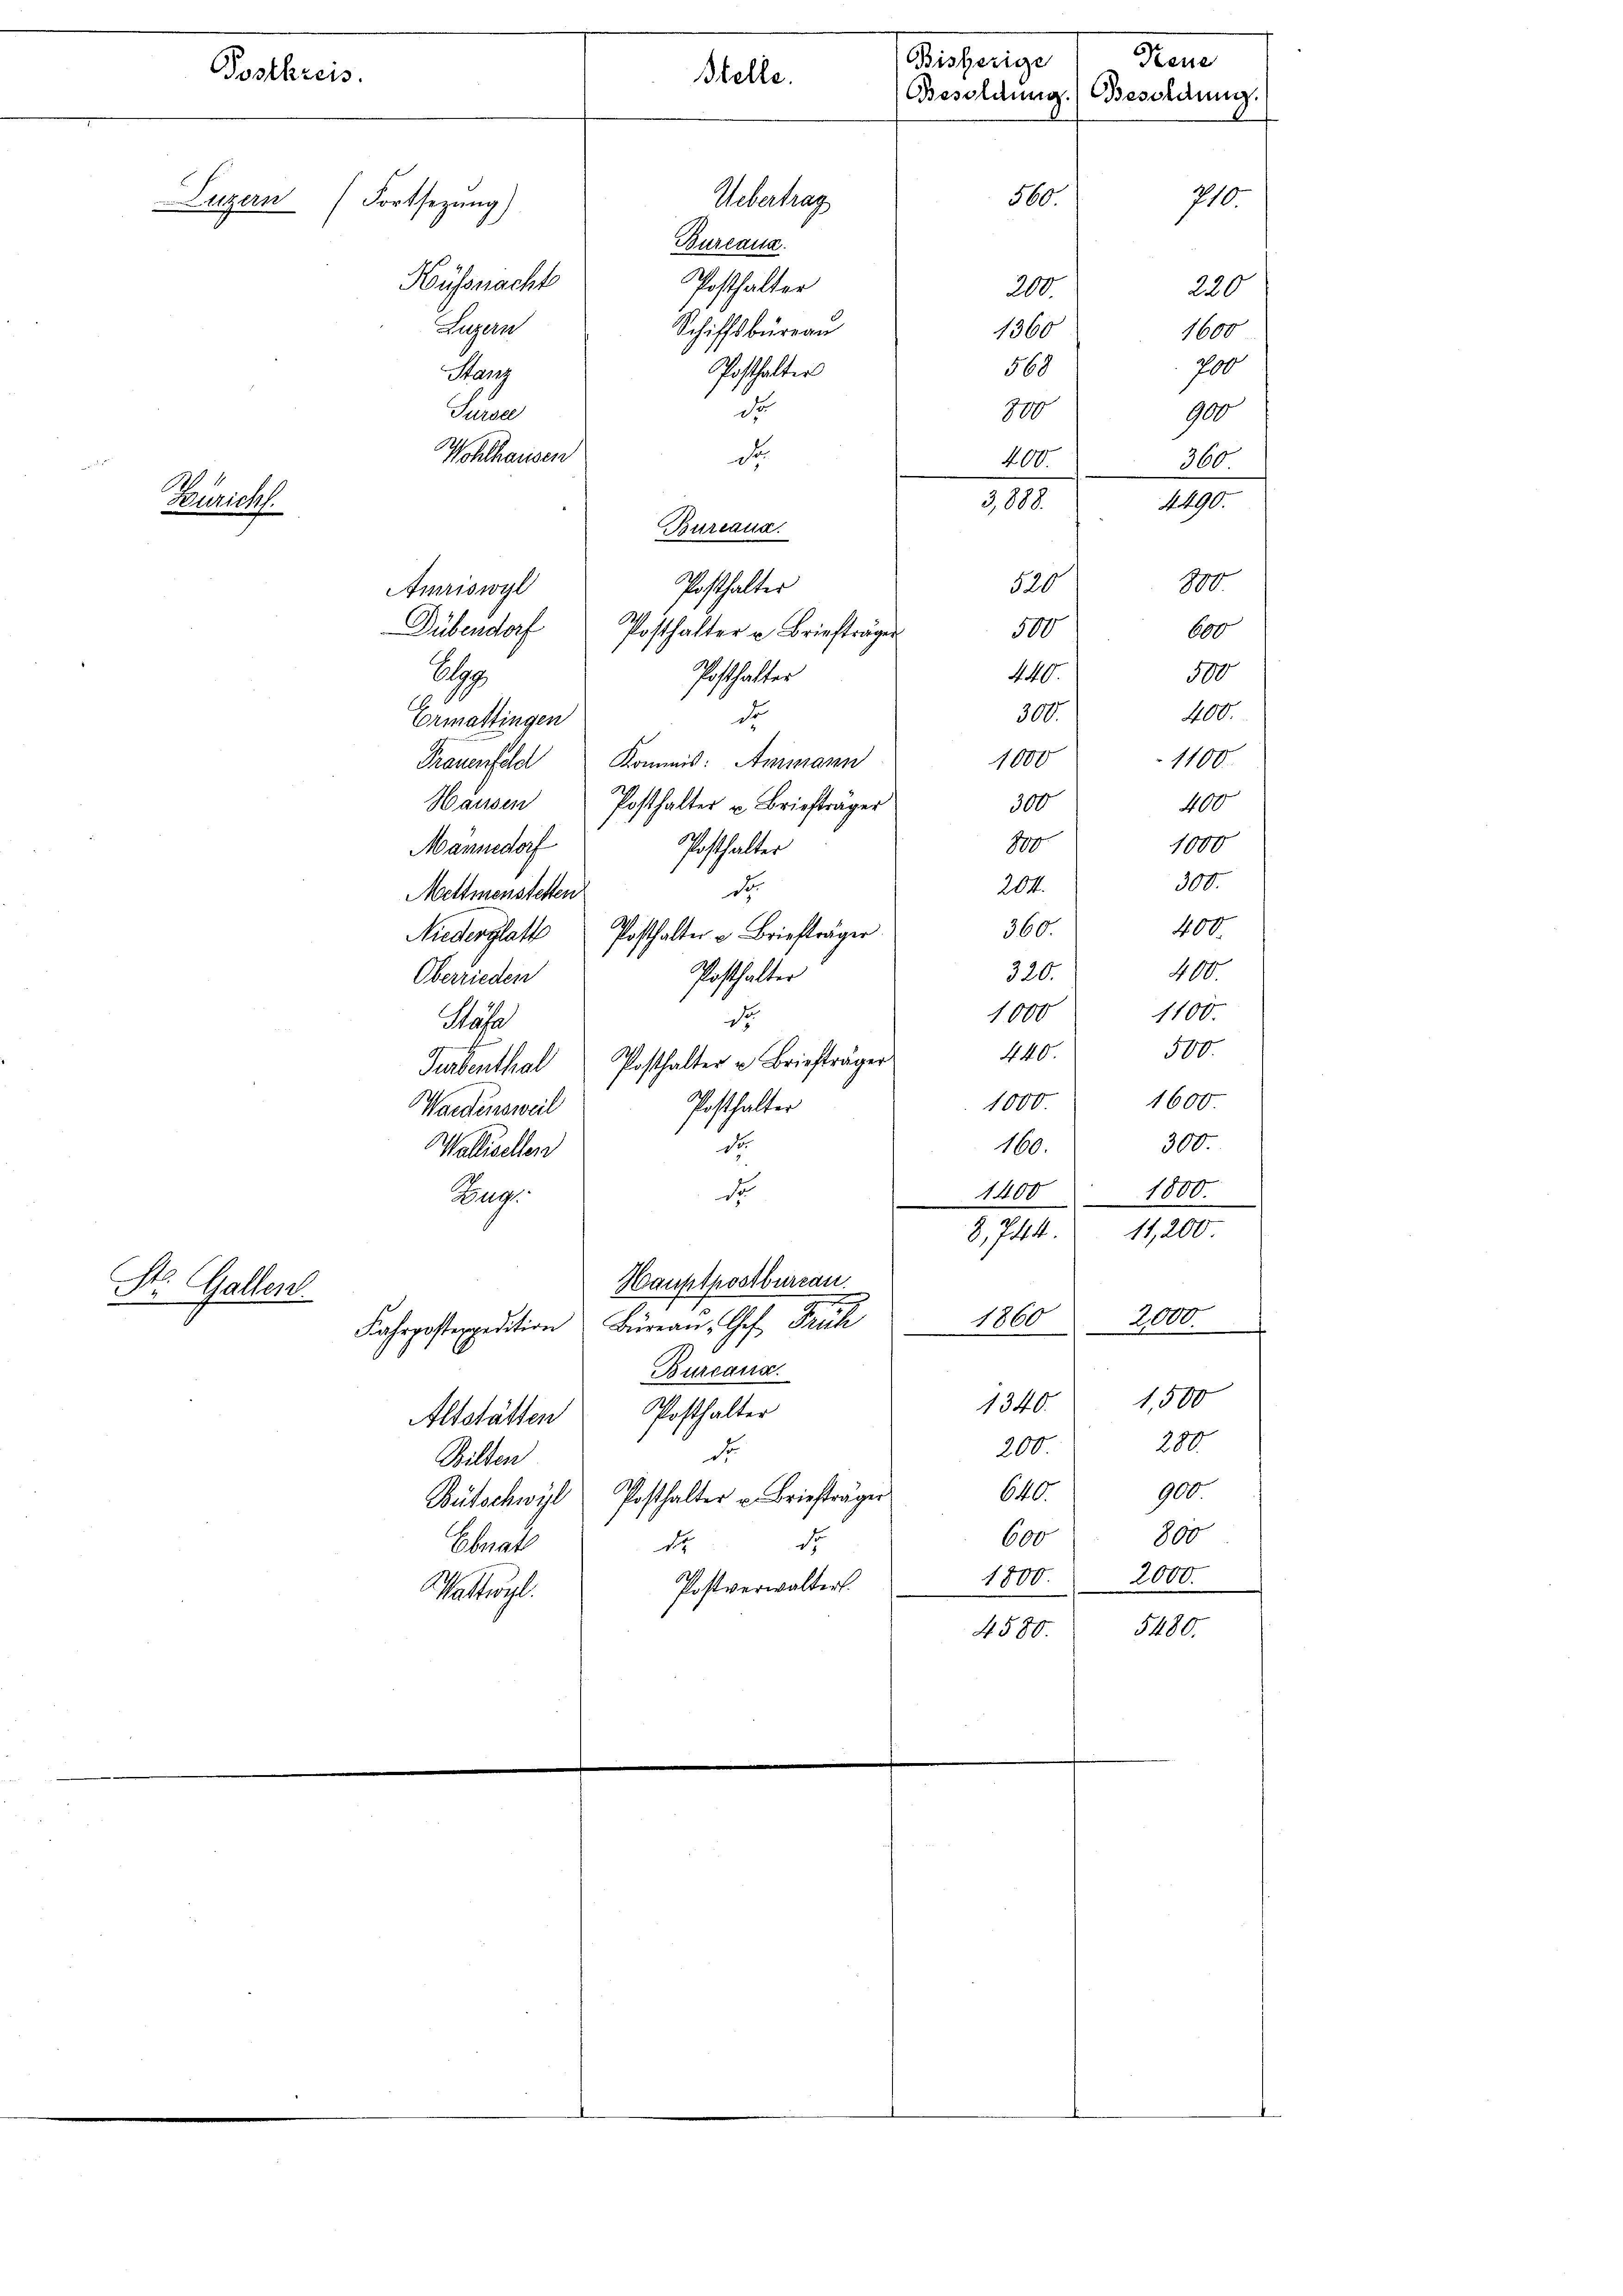
Postkreis.
Luzern
Fortsetzung)
Hüssnacht

Luzern
Hang
Türsel
Wohlhausen
1
Zuricht.

Uebertrag
Bureaux.
Posthalter
Schiffsbüreau
Posthalter

Stelle.

de

200
  der
520
Amriswyl
h
Dübendorf
500.
A
Ermattingen
1000
Männedorf
204.
Mettmenstetten
360.
Niederglatt
Oberrieden
1000
Masse
440.
1000.
Posthalter
Waedensweil
de
160.
Wallisellen
d
Zuge
C
Hauptpostbureau.
St. Gallen
Fahrposterpedition Büreau, Ges. Früh 1860 2000.
Burcana
1,500
1340.
Posthalter
Altstätten
280.
200
de
Bilten
900.
640.
Bütschwyl Posthalter u. Briefträger
800
600
Ebnat
d.
d
¬
1800. 2000.
Postverwaltert.
ekargli
4580. 5480.

do
d
Bureaua

Posthalter
Posthalter u Briefträger
Posthalter

Frauenfeld Kommis: Ammann
Hausen Posthalter u Briefträger
Posthalter
de
Posthalter u. Briefträger
Posthalter
Dr.
Turbenthal Posthalter u. Briefträger

Kesse
Bisherige
(Besoldung.) Besoldung.
710.
560.

1360
569
800
3,888.

440.

300.

300

180
320.

220
1600
700
900
400. 360
100
600
500
400.
1100.
400
1000
300.
400.
400.
1100.
500.
1600.
300.
d
1400 1800.
8, 744. 11,200

A. 19.